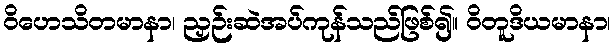
ဝိဟေသိတမာနာ၊ ညှဉ်းဆဲအပ်ကုန်သည်ဖြစ်၍။ ဝိတူဒိယမာနာ၊